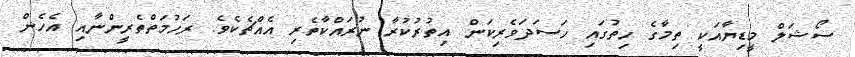
ސޯޝަލް މީޑިޔާއަކީ ތިމާގެ ހިތުގައި ހަސަދަވެރިކަން އިތުރުކުރާ ނުރައްކާތެރި އެއްޗެކެވެ. ރަހުމަތްތެރީންނާއި އެހެން